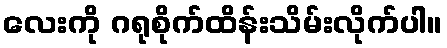
လေးကို ဂရုစိုက်ထိန်းသိမ်းလိုက်ပါ။